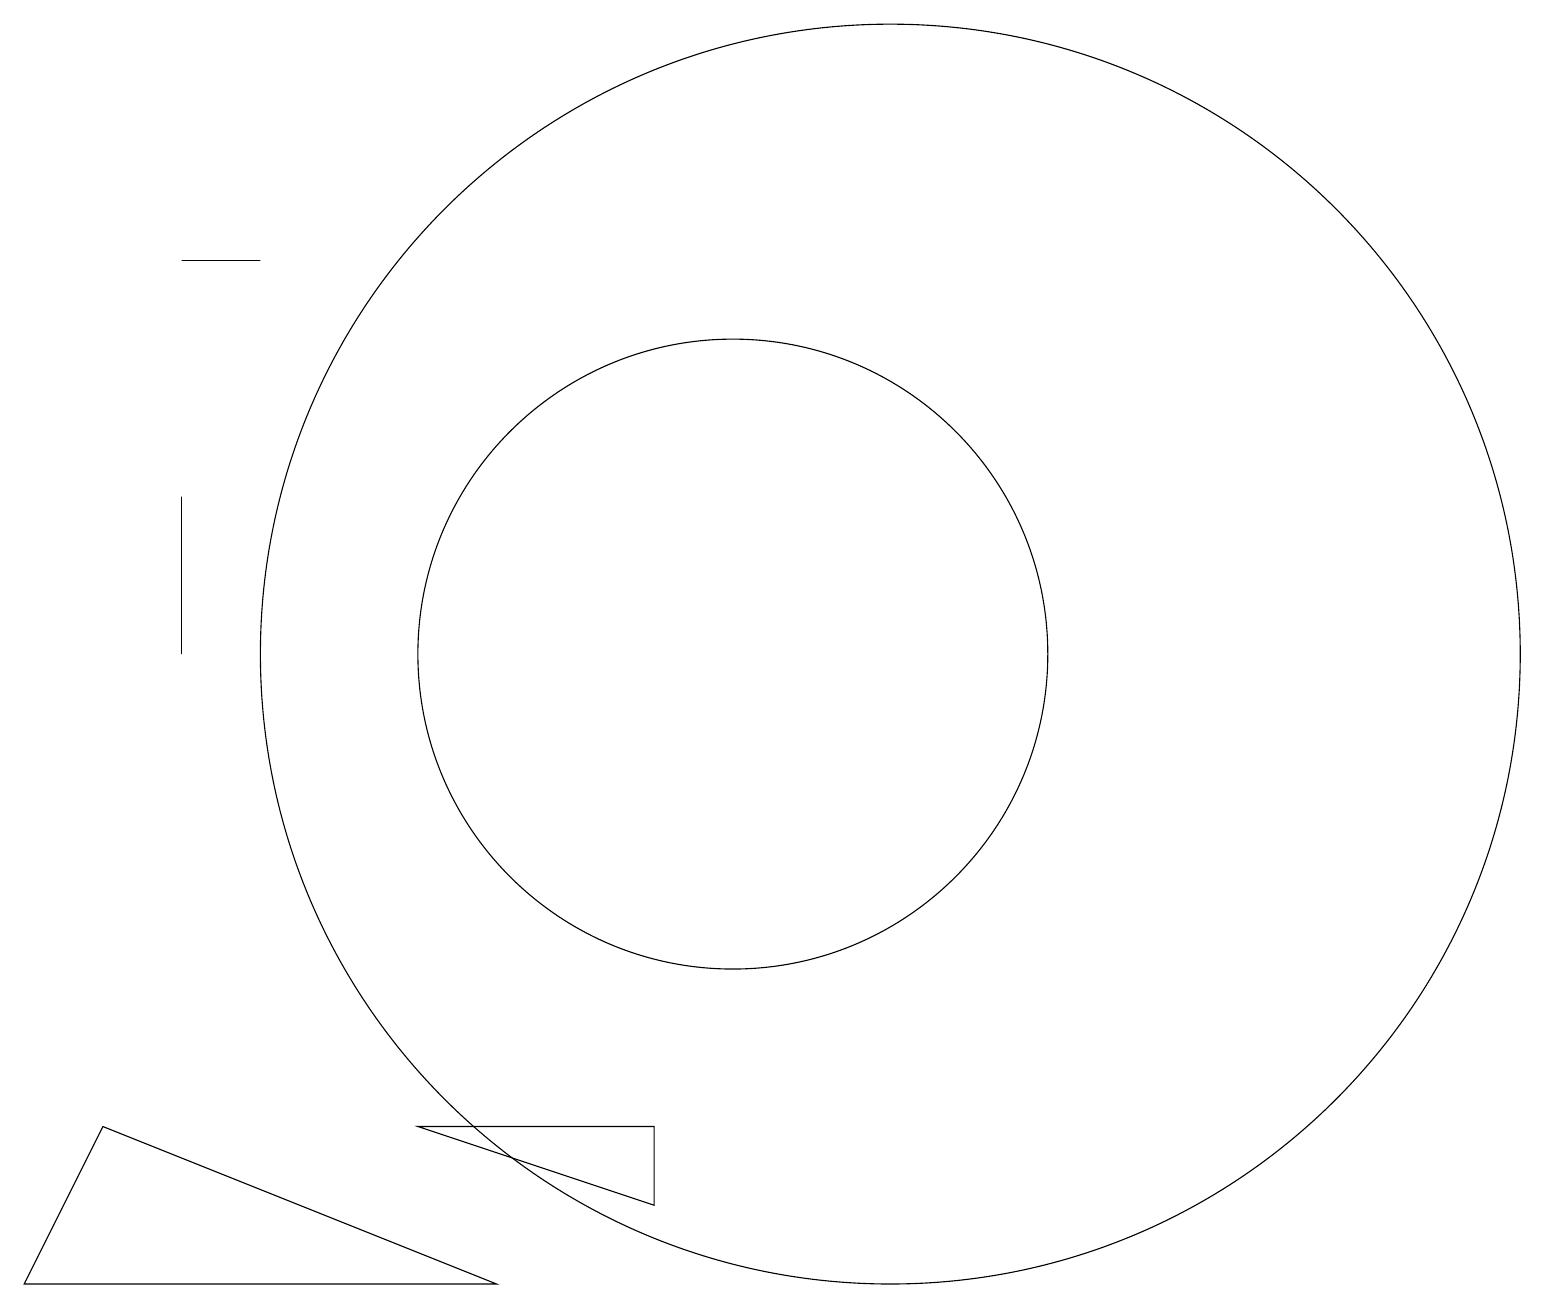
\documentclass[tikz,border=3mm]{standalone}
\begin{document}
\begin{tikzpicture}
\draw (10,12) circle (4);
\draw (9,5) -- (9,6) -- (6,6) -- cycle;
\draw (4,17) rectangle (3,17);
\draw (3,12) rectangle (3,14);
\draw (7,4) -- (1,4) -- (2,6) -- cycle;
\draw (12,12) circle (8);
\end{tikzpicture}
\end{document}